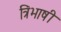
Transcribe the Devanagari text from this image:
त्रिंभाषी